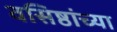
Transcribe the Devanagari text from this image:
वसिष्ठांच्या